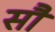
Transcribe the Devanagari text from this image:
साै